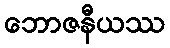
ဘောဇနီယဿ